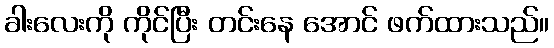
ခါးလေးကို ကိုင်ပြီး တင်းနေ အောင် ဖက်ထားသည်။